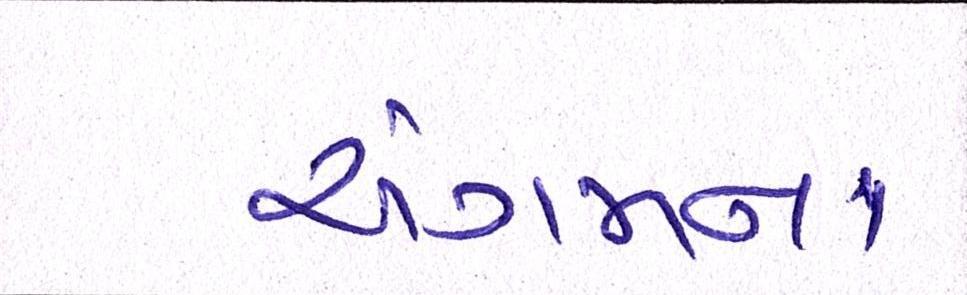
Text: અંગમનાં